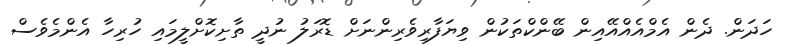
ހަދަން. ދެން އެމްއެއްއޭއިން ބޭންކްތަކުން ވިޔަފާރިވެރިންނަށް ޑޮރަލު ނުދީ ތާށިކޮށްލީމައި ހުރިހާ އެންމެވެސް